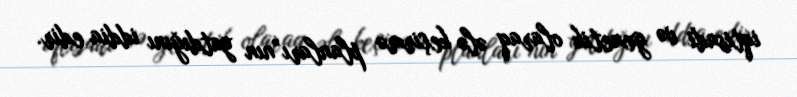
iqtisadi və genetik olaraq ələ keçirmə planları”nın yatdığını iddia edir.